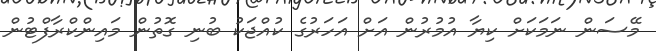
މޭސަން ނަމަކަށް ކިޔާ އުމުރުން އަށް އަހަރުގެ ކުއްޖަކު ބުނި ގޮތުން މައިންކްރާފްޓުން